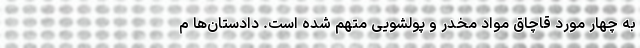
به چهار مورد قاچاق مواد مخدر و پولشویی متهم شده است. دادستان‌ها م